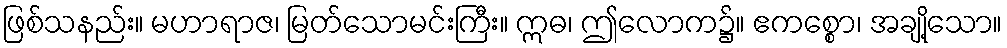
ဖြစ်သနည်း။ မဟာရာဇ၊ မြတ်သောမင်းကြီး။ ဣဓ၊ ဤလောက၌။ ဧကစ္စော၊ အချို့သော။